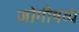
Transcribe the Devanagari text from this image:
जोगीषव्य